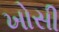
ખોસી